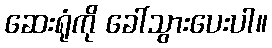
ဆေးရုံကို ခေါ်သွားပေးပါ။